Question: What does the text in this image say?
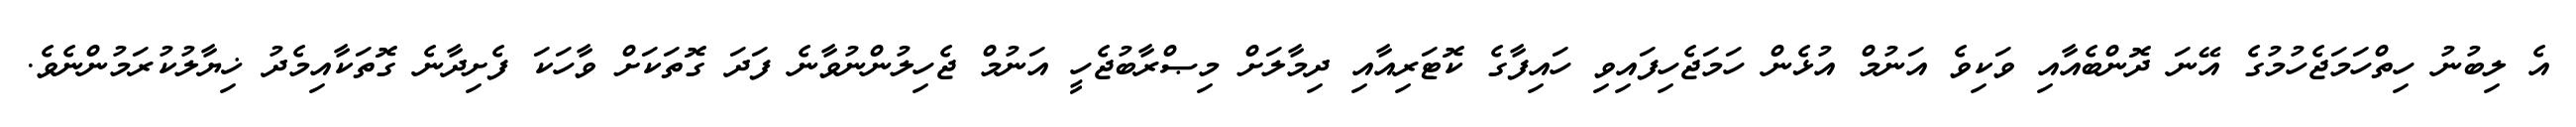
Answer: އެ ލިބުނު ހިތްހަމަޖެހުމުގެ އޭނަ ދޮންބެއާއި ވަކިވެ އަނުމް އުޅެން ހަމަޖެހިފައިވި ހައިފާގެ ކޮޓަރިއާއި ދިމާލަށް މިޞްރާބުޖެހީ އަނުމް ޖެހިލުންނުވާނެ ފަދަ ގޮތަކަށް ވާހަކަ ފެށިދާނެ ގޮތަކާއިމެދު ޚިޔާލުކުރަމުންނެވެ.